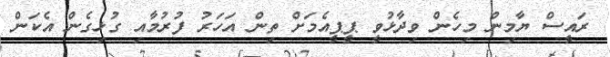
ރައީސް ޔާމިން މިހެން ވިދާޅުވީ ޕީޕީއެމަށް ތިން އަހަރު ފުރުމާއި ގުޅިގެން އެކަން